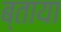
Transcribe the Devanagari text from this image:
ब्ताया